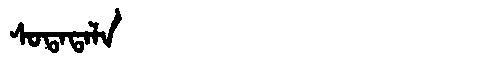
Manchu: ᠰᠣᡨᠠᡨᠠᠯᠠ
Romanization: SOTATALA